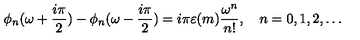
\phi _ { n } ( \omega + \frac { i \pi } { 2 } ) - \phi _ { n } ( \omega - \frac { i \pi } { 2 } ) = i \pi \varepsilon ( m ) \frac { \omega ^ { n } } { n ! } , \quad n = 0 , 1 , 2 , \dots